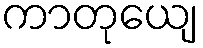
ကာတုယျေ